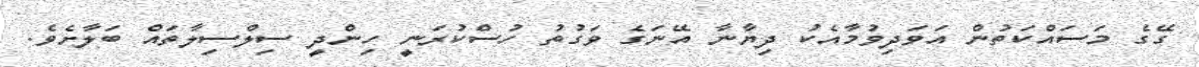
ގޭގެ މަސައްކަތުން އަވަދިވުމާއެކު ދިޔާނާ އޭނަގެ ވަގުތު ހުސްކުރަނީ ހިންދީ ސިލްސިލާތައް ބަލާށެވެ.